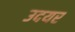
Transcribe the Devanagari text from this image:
उदयर